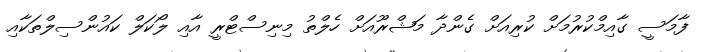
ފާމަސީ ގާއިމްކުރުމަށް ކުރިއަށް ގެންދާ މަޝްރޫއަށް ހެލްތު މިނިސްޓްރީ އާއި ލޯކަލް ކައުންސިލްތަކާއި